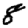
Digit: 8